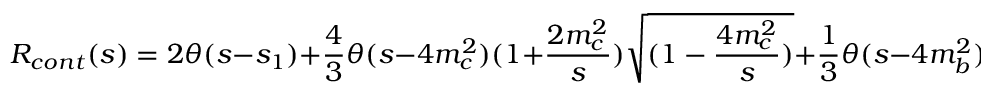
R _ { c o n t } ( s ) = 2 \theta ( s - s _ { 1 } ) + \frac { 4 } { 3 } \theta ( s - 4 m _ { c } ^ { 2 } ) ( 1 + \frac { 2 m _ { c } ^ { 2 } } { s } ) \sqrt { ( 1 - \frac { 4 m _ { c } ^ { 2 } } { s } ) } + \frac { 1 } { 3 } \theta ( s - 4 m _ { b } ^ { 2 } ) ( 1 + \frac { 2 m _ { b } ^ { 2 } } { s } ) \sqrt { ( 1 - \frac { 4 m _ { b } ^ { 2 } } { s } ) }